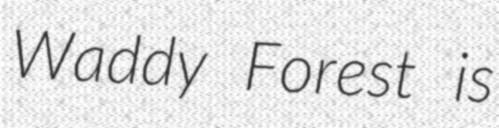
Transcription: Waddy Forest is